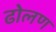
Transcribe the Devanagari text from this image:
ढोलण